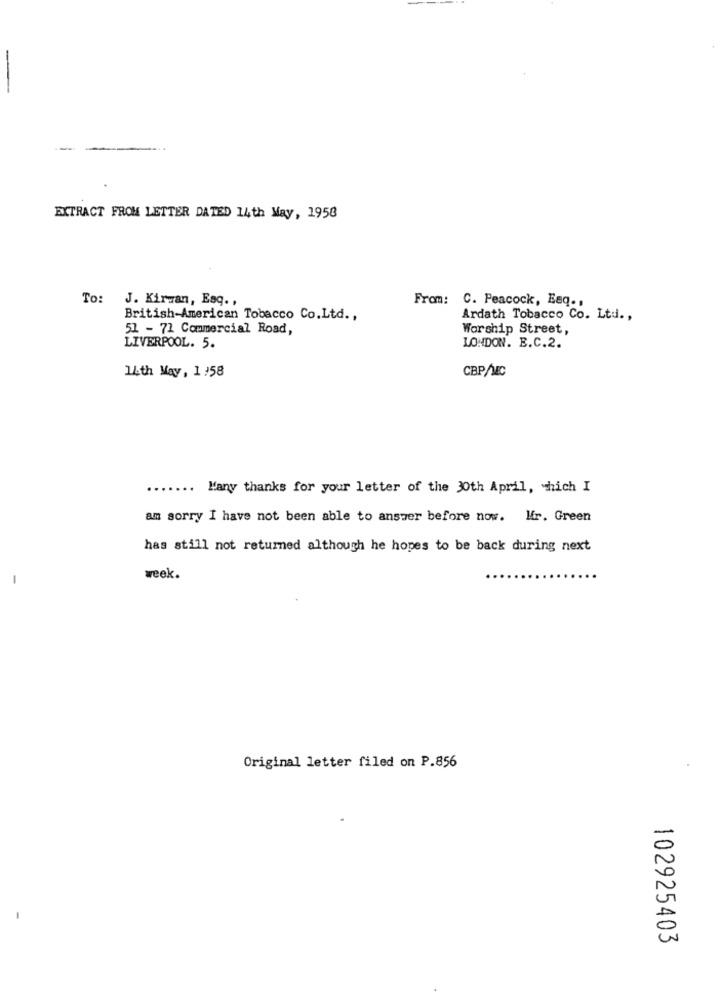
-
-
EXTRACT FROM LETTER DATED 14th May, 1958
To:
J. Kirwan, Esq .,
From: C. Peacock, Esq .,
British-American Tobacco Co.Ltd .,
Ardath Tobacco Co. Ltd .,
51 - 71 Commercial Road,
Worship Street,
LIVERPOOL. 5.
LONDON. B.C.2.
14th May, 1 :58
CBP/MC
..
..
Many thanks for your letter of the 30th April, which I
am sorry I have not been able to answer before now. Mr. Green
has still not returned although he hopes to be back during next
-
week.
Original letter filed on P.856
102925403